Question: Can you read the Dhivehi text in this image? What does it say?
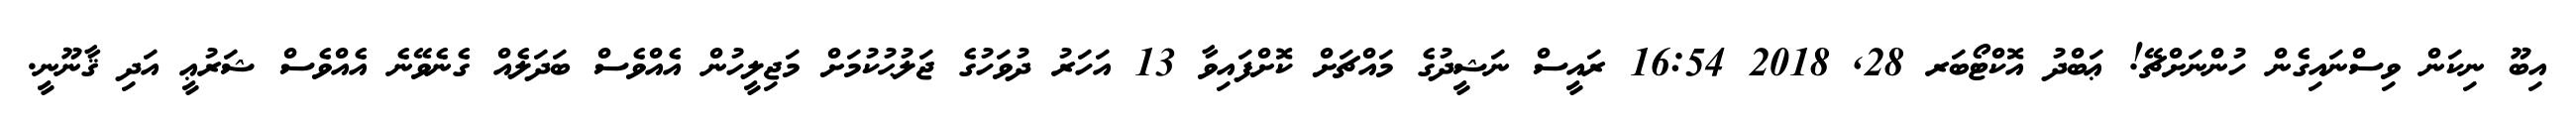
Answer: އިބޫ ނިކަން ވިސްނައިގެން ހުންނަށްޗޭ! ޢަބްދު އޮކްޓޯބަރ 28, 2018 16:54 ރައީސް ނަޝީދުގެ މައްޗަށް ކޮށްފައިވާ 13 އަހަރު ދުވަހުގެ ޖަލުޙުކުމަށް މަޖިލީހުން އެއްވެސް ބަދަލެއް ގެނެވޭނެ އެއްވެސް ޝަރުޢީ އަދި ޤާނޫނީ.